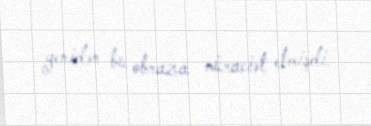
yenidən bu obraza müraciət etmişdi.